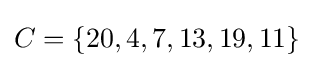
C=\lbrace 20,4,7,13,19,11\rbrace